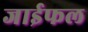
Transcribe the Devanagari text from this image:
जाईफल